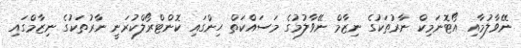
ނޭވާލުމާއި އޯޓޮނަމިކް ނާރުތަކުގެ ނިޒާމް ނޭވާލުމުގެ މަސައްކަތް ހިންގައި ކޮންޓްރޯލްކުރަނީ ނާރުތަކުގެ ނިޒާމްގައި